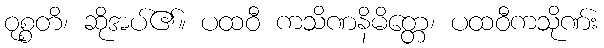
ဝုစ္စတိ၊ ဆိုအပ်၏။ ပထဝီ ကသိဏနိမိတ္တေ၊ ပထဝီကသိုဏ်း